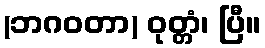
(ဘဂဝတာ) ဝုတ္တံ၊ ပြီ။